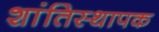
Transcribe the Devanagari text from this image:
शांतिस्थापक